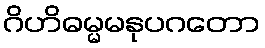
ဂိဟိဓမ္မမနုပဂတော